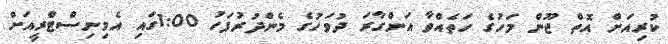
ކުރިއަށް އޮތް ޖޫން މަހުގެ ހަތެއްވާ އަންގާރަ ދުވަހުގެ މެންދުރުފަހު 1:00ގައި އެމިނިސްޓްރީއަށް